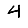
Digit: 4